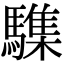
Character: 䮶